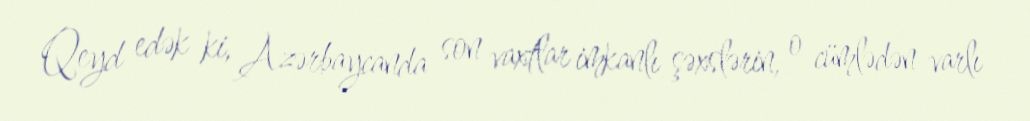
Qeyd edək ki, Azərbaycanda son vaxtlar imkanlı şəxslərin, o cümlədən varlı